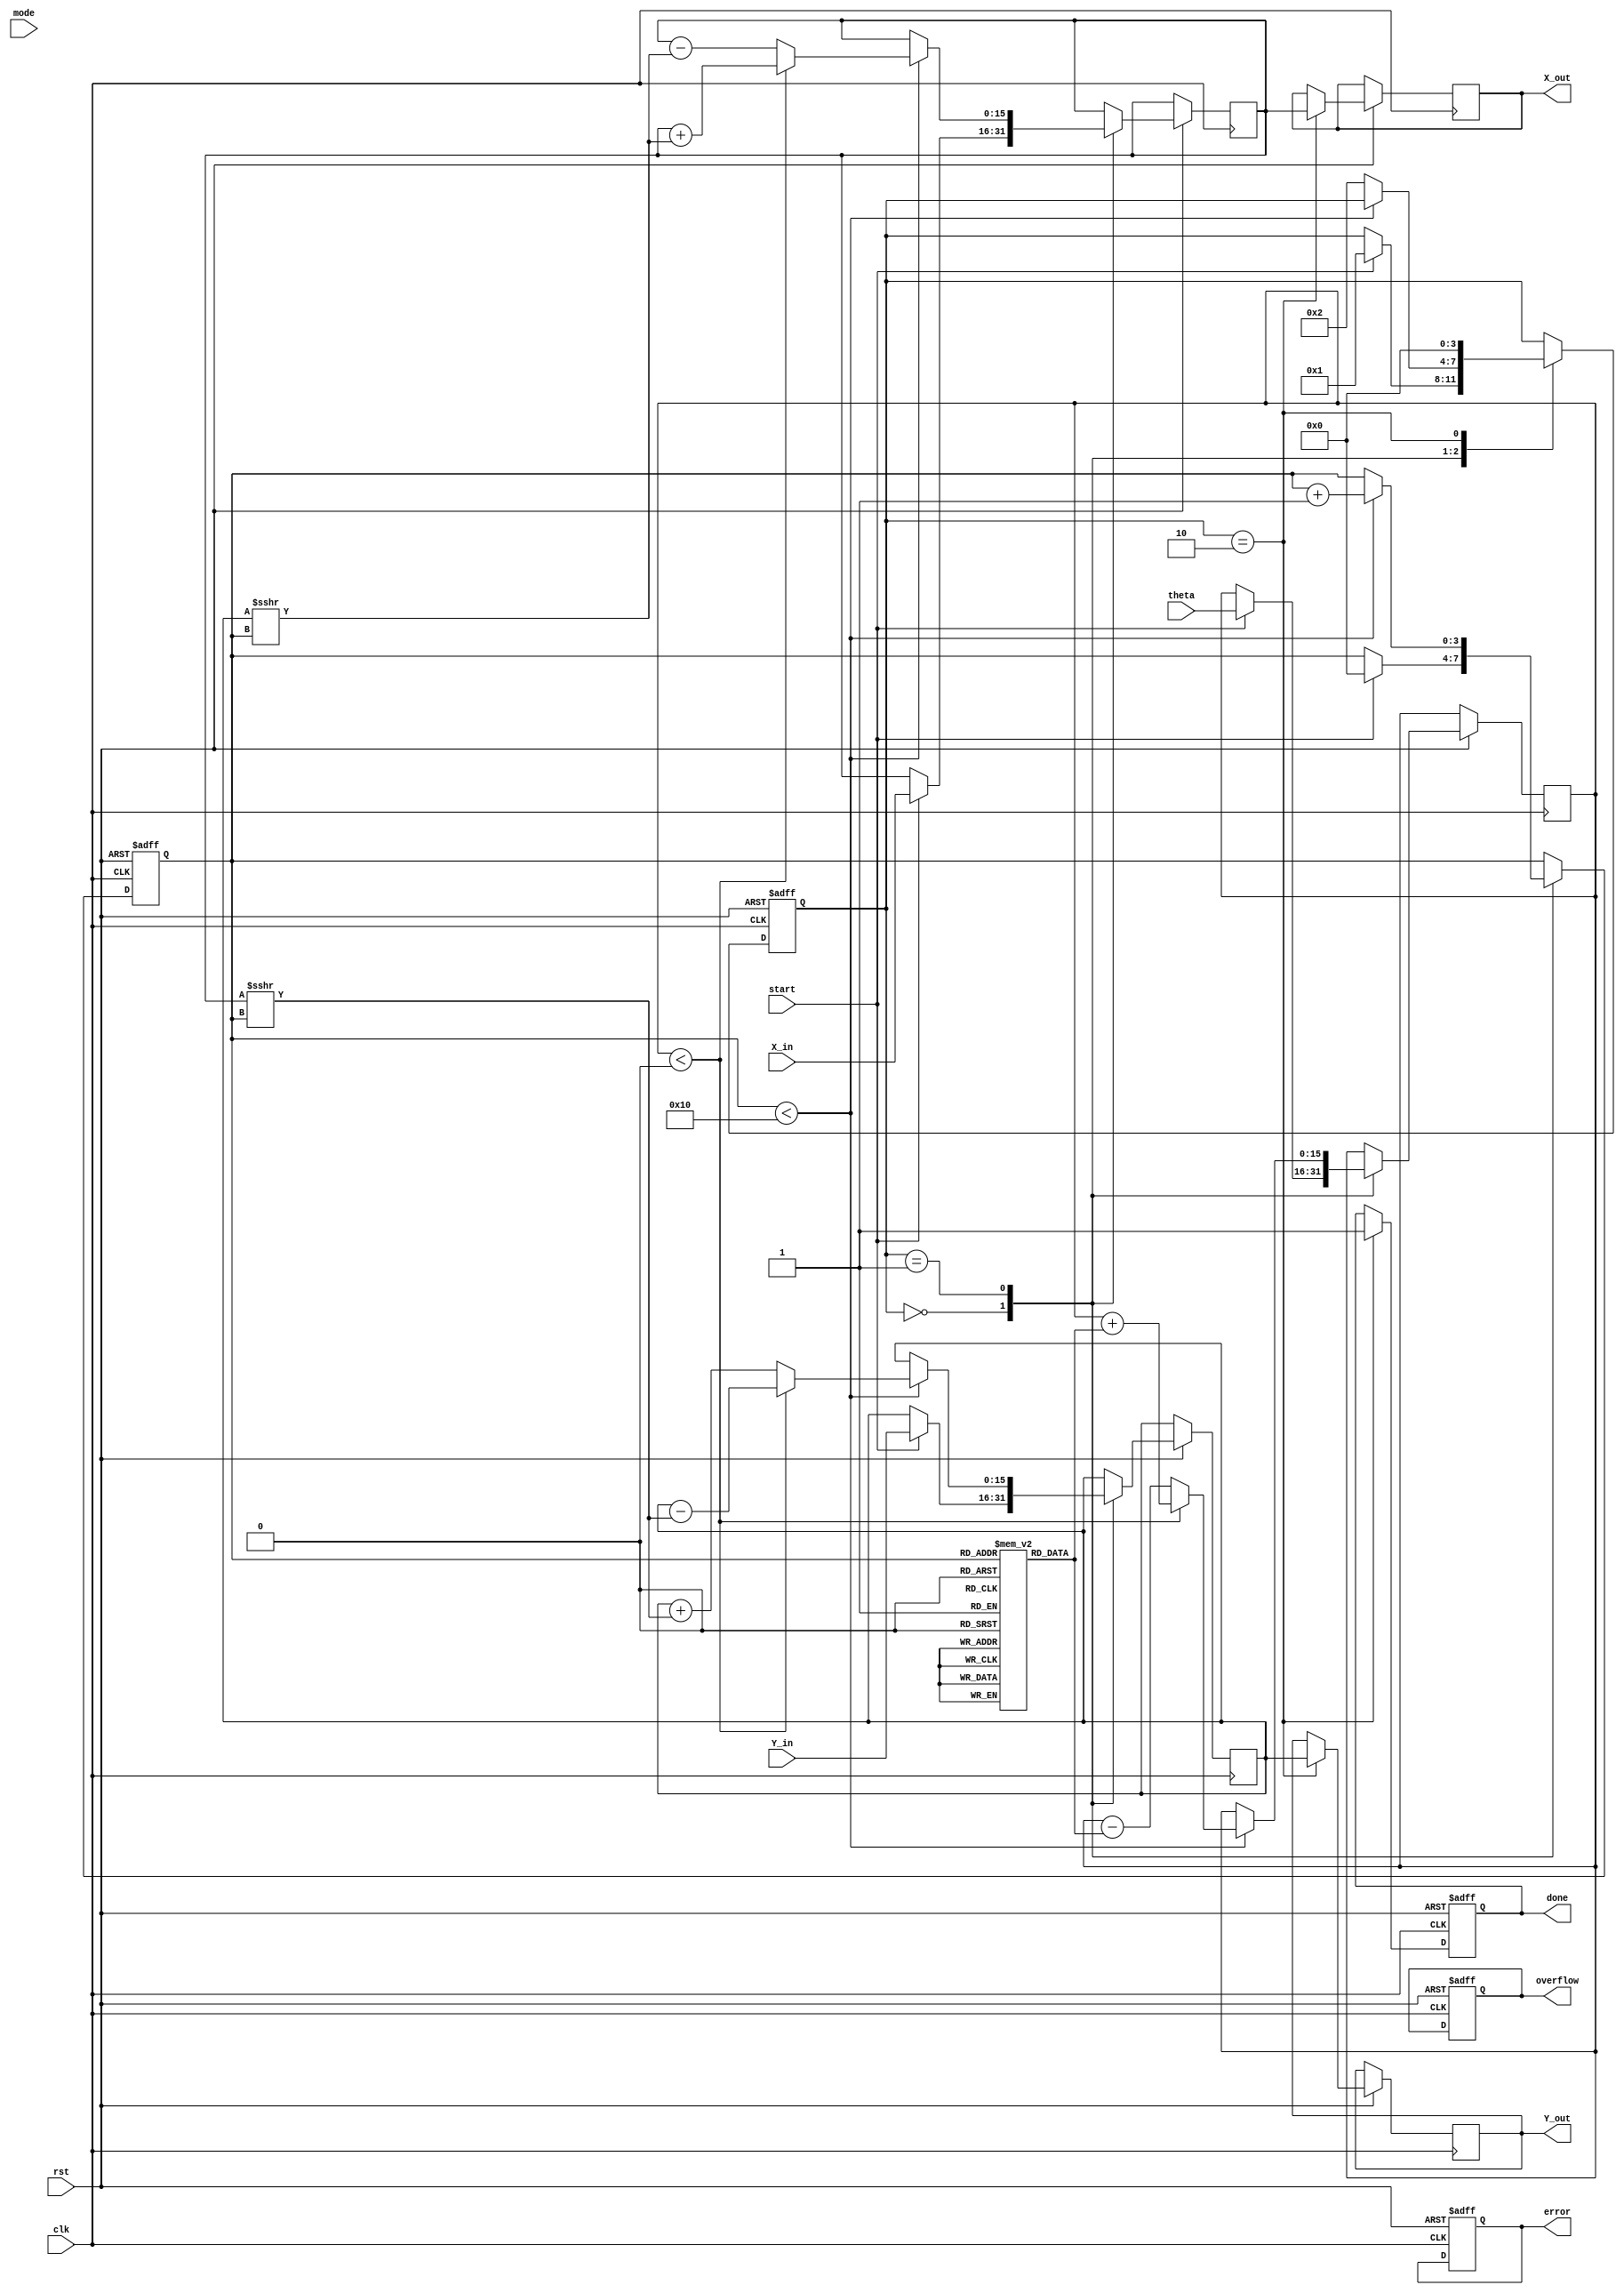
module Adaptive_CORDIC (
    input wire clk,
    input wire rst,
    input wire start,
    input wire [15:0] theta,     // Angle input (16-bit fixed-point representation)
    input wire [15:0] X_in,      // Initial X coordinate (16-bit fixed-point)
    input wire [15:0] Y_in,      // Initial Y coordinate (16-bit fixed-point)
    input wire mode,             // Mode selection (0: rotation, 1: vectoring)
    output reg [15:0] X_out,     // Output X coordinate (16-bit fixed-point)
    output reg [15:0] Y_out,     // Output Y coordinate (16-bit fixed-point)
    output reg done,             // Status signal for completion
    output reg overflow,         // Overflow status
    output reg error             // Error condition status
);

// Parameters
parameter MAX_ITER = 16; // Maximum iterations
parameter ANGLE_LUT_SIZE = MAX_ITER; // Size of lookup table
reg [15:0] angle_lut [0:ANGLE_LUT_SIZE-1]; // Angle lookup table
reg [15:0] X, Y; // Internal coordinates
reg [15:0] angle; // Current angle
integer i;
reg [3:0] state; // FSM state
reg [3:0] iterations; // Iteration counter

// Initialization of the angle lookup table
initial begin
    angle_lut[0] = 16'h2000; // atan(2^-0) in fixed-point
    angle_lut[1] = 16'h1000; // atan(2^-1)
    angle_lut[2] = 16'h0800; // atan(2^-2)
    angle_lut[3] = 16'h0400; // atan(2^-3)
    // ... Fill in remaining LUT values as needed
end

// State machine to control CORDIC operations
always @(posedge clk or negedge rst) begin
    if (!rst) begin
        state <= 0;
        done <= 0;
        overflow <= 0;
        error <= 0;
        iterations <= 0;
    end else begin
        case (state)
            0: begin // Initialization state
                if (start) begin
                    X <= X_in;
                    Y <= Y_in;
                    angle <= theta;
                    iterations <= 0;
                    state <= 1; // Move to computation state
                end
            end
            1: begin // Computation state
                if (iterations < MAX_ITER) begin
                    // Perform CORDIC rotation
                    if (angle < 0) begin
                        // Apply rotation
                        X <= X + (Y >>> iterations);
                        Y <= Y - (X >>> iterations);
                        angle <= angle + angle_lut[iterations];
                    end else begin
                        // Apply rotation
                        X <= X - (Y >>> iterations);
                        Y <= Y + (X >>> iterations);
                        angle <= angle - angle_lut[iterations];
                    end
                    iterations <= iterations + 1;
                end else begin
                    state <= 2; // Move to completion state
                end
            end
            2: begin // Completion state
                X_out <= X;
                Y_out <= Y;
                done <= 1; // Indicate completion
                state <= 0; // Return to initialization
            end
        endcase
    end
end

endmodule